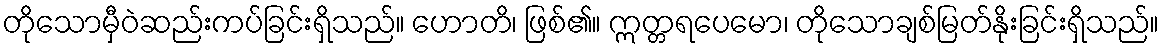
တိုသောမှီဝဲဆည်းကပ်ခြင်းရှိသည်။ ဟောတိ၊ ဖြစ်၏။ ဣတ္တရပေမော၊ တိုသောချစ်မြတ်နိုးခြင်းရှိသည်။